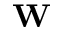
\mathbf { W }